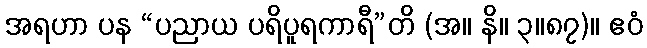
အရဟာ ပန “ပညာယ ပရိပူရကာရီ”တိ (အ။ နိ။ ၃။၈၇)။ ဧဝံ